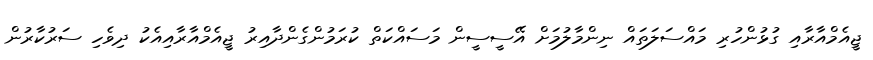
ޖީއެމްއާރާއި ގުޅުންހުރި މައްސަލަތައް ނިންމާލުމަށް އޭސީސީން މަސައްކަތް ކުރަމުންގެންދާއިރު ޖީއެމްއާރާއިއެކު ދިވެހި ސަރުކާރުން